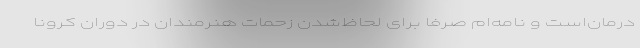
درمان‌است و نامه‌ام صرفا برای‌ لحاظ‌شدن زحمات هنرمندان در دورانِ کرونا